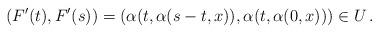
LaTeX: \begin{align*}(F'(t), F'(s))= (\alpha(t,\alpha(s-t,x)), \alpha(t,\alpha(0,x)))\in U \,.\end{align*}